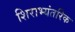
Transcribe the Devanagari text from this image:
शिराभ्यंतरिक